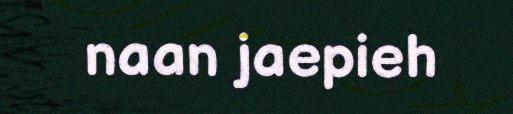
naan jaepieh